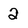
Character: 2